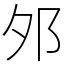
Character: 邜